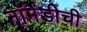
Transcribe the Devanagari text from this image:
नॉर्मंडीची